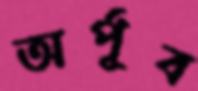
অর্পূব